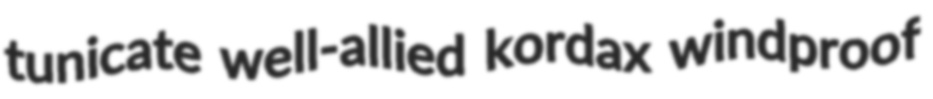
tunicate well-allied kordax windproof